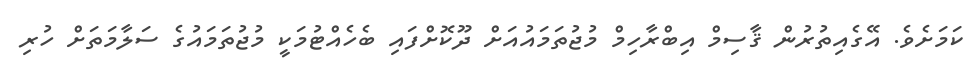
ކަމަށެވެ. އޭގެއިތުރުން ޤާސިމް އިބްރާހިމް މުޖުތަމައުއަށް ދޫކޮށްފައި ބެހެއްޓުމަކީ މުޖުތަމައުގެ ސަލާމަތަށް ހުރި